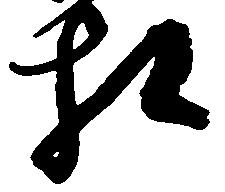
相